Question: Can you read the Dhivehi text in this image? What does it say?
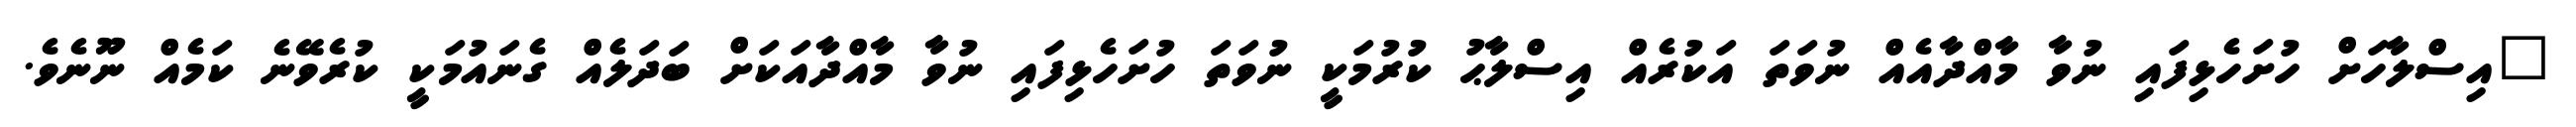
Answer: "އިސްލާހަށް ހުށަހެޅިފައި ނުވާ މާއްދާއެއް ނުވަތަ އަކުރެއް އިސްލާޙު ކުރުމަކީ ނުވަތަ ހުށަހެޅިފައި ނުވާ މާއްދާއަކަށް ބަދަލެއް ގެނައުމަކީ ކުރެވޭނެ ކަމެއް ނޫނެވެ.